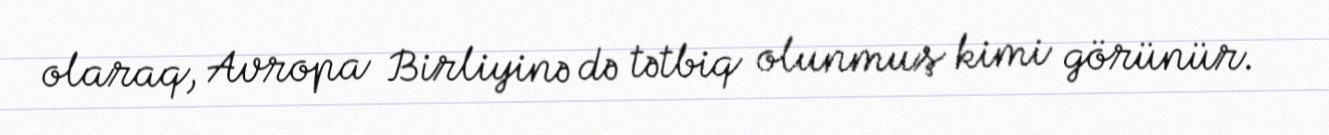
olaraq, Avropa Birliyinə də tətbiq olunmuş kimi görünür.